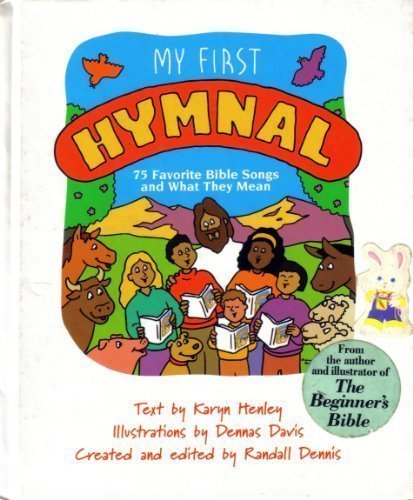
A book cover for My First Hymnal: 75 Bible Songs and What They Mean; Karyn Henley; Christian Books & Bibles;